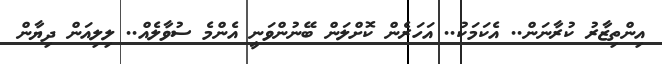
އިންތިޒާރު ކުރާނަން.. އެކަމަކު.. އަހަރެން ކޮށްލަން ބޭނުންވަނީ އެންމެ ސުވާލެއް.. ލިލިއަން ދިޔާން